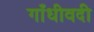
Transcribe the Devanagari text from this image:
गाँधीवदी